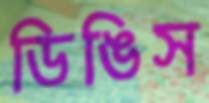
ডিঙিস